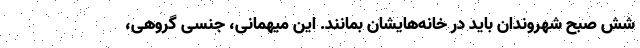
شش صبح شهروندان باید در خانه‌هایشان بمانند. این میهمانی، جنسی گروهی،